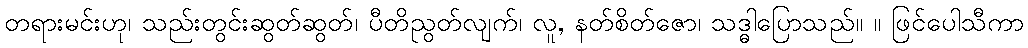
တရားမင်းဟု၊ သည်းတွင်းဆွတ်ဆွတ်၊ ပီတိညွတ်လျက်၊ လူ, နတ်စိတ်ဇော၊ သဒ္ဓါပြောသည်။ ။ ဖြင်ပေါသီကာ